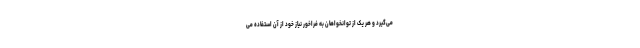
می‌گیرد و هر یک از توانخواهان به فراخور نیاز خود از آن استفاده می